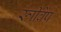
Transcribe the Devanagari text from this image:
स्त्रीवेष